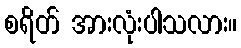
စရိတ် အားလုံးပါသလား။